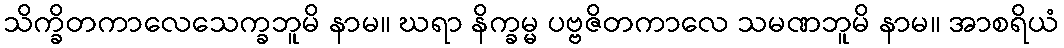
သိက္ခိတကာလေသေက္ခဘူမိ နာမ။ ဃရာ နိက္ခမ္မ ပဗ္ဗဇိတကာလေ သမဏဘူမိ နာမ။ အာစရိယံ